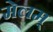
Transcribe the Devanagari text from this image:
मेलम्